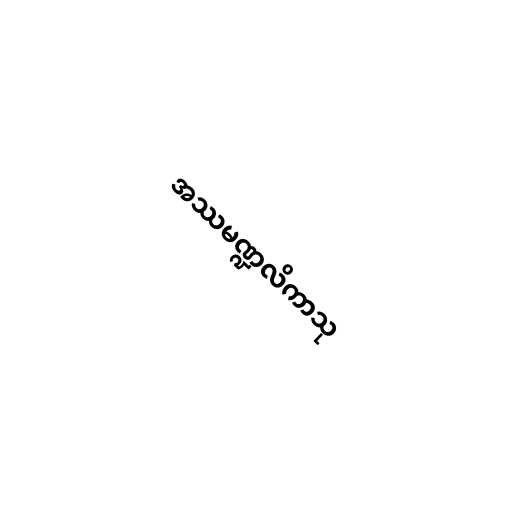
အဿမဏ္ဍလိကာသု